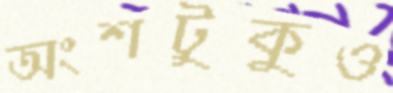
অংশটুকুও